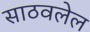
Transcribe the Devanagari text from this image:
साठवलेल